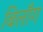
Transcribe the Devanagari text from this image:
बिलाँग